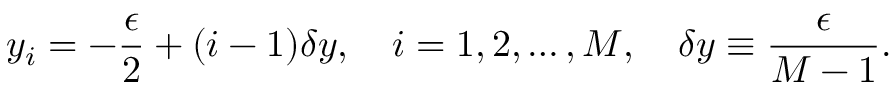
y _ { i } = - \frac { \epsilon } { 2 } + ( i - 1 ) \delta y , \quad i = 1 , 2 , \ldots , M , \quad \delta y \equiv \frac { \epsilon } { M - 1 } .